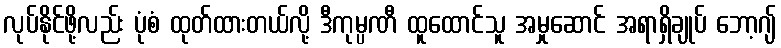
လုပ်နိုင်ဖို့လည်း ပုံစံ ထုတ်ထားတယ်လို့ ဒီကုမ္ပဏီ ထူထောင်သူ အမှုဆောင် အရာရှိချုပ် ဘော့ဂျ်